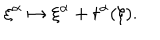
LaTeX: \xi ^ { \alpha } \mapsto \xi ^ { \alpha } + t ^ { \alpha } ( \xi ) .